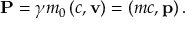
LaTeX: \mathbf { P } = \gamma m _ { 0 } \left( c , \mathbf { v } \right) = ( m c , \mathbf { p } ) \, .